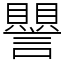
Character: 譻